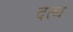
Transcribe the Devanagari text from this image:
दत्थ